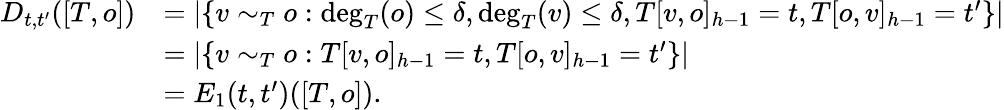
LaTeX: \begin{array}{rl}{D_{t,t^{\prime}}([T,o])}&{=|\{ v\sim_{T}o:\deg_{T}(o)\leq\delta,\deg_{T}(v)\leq\delta,T[v,o]_{h-1}=t,T[o,v]_{h-1}=t^{\prime}\} |}\\ &{=|\{ v\sim_{T}o:T[v,o]_{h-1}=t,T[o,v]_{h-1}=t^{\prime}\} |}\\ &{=E_{1}(t,t^{\prime})([T,o]).}\end{array}